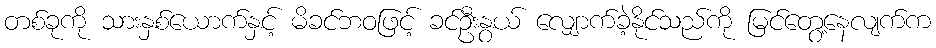
တစ်ခုကို သားနှစ်ယောက်နှင့် မိခင်ဘဝဖြင့် ခင်ဦးနွယ် လျှောက်ခဲ့နိုင်သည်ကို မြင်တွေ့နေလျက်က